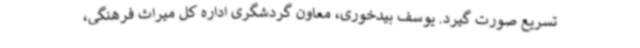
تسریع صورت گیرد. یوسف بیدخوری، معاون گردشگری اداره کل میراث فرهنگی،